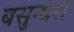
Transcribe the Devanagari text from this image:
बसुन्धरा